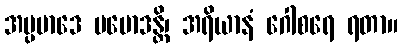
အပ္ပမာဒေ ပမောဒန္တိ၊ အရိယာနံ ဂေါစရေ ရတာ။